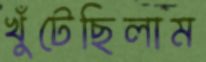
খুঁটেছিলাম